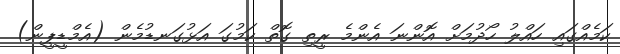
ކަމެއްގައި ހައްލު ހޯދުމަށް އޮންނަ އެންމެ ރީތި ގޮތް ކަމުގަ އަޅުގަނޑުމެން (އެމްޑީޕީން)